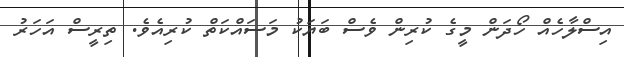
އިސްލާހެއް ހޯދަން މީގެ ކުރިން ވެސް ބަޔަކު މަސައްކަތް ކުރިއެވެ. ތިރީސް އަހަރު